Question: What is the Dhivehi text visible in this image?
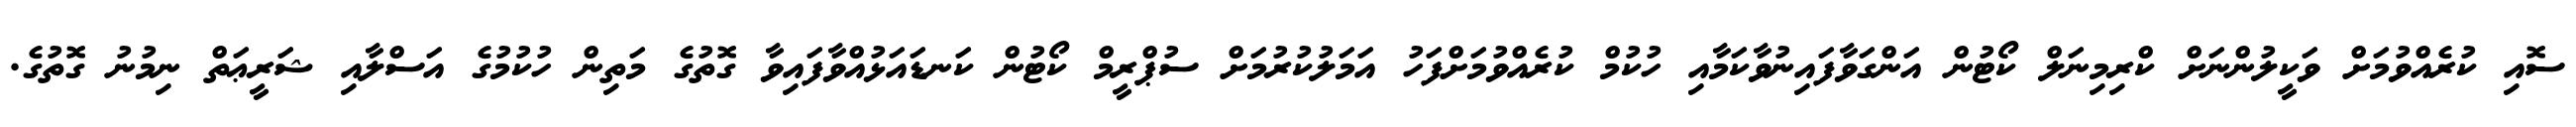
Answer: ސޮއި ކުރެއްވުމަށް ވަކީލުންނަށް ކްރިމިނަލް ކޯޓުން އަންގަވާފައިނުވާކަމާއި ހުކުމް ކުރެއްވުމަށްފަހު އަމަލުކުރުމަށް ސުޕްރީމް ކޯޓުން ކަނޑައަޅުއްވާފައިވާ ގޮތުގެ މަތިން ހުކުމުގެ އަސްލާއި ޝަރީޢަތް ނިމުނު ގޮތުގެ.